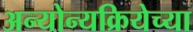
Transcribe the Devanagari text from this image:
अन्योन्यक्रियेच्या